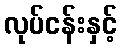
လုပ်ငန်းနှင့်